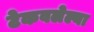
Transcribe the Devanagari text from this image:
टेकवलेल्या